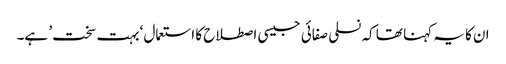
ان کا یہ کہنا تھا کہ نسلی صفائی جیسی اصطلاح کا استعمال ‘بہت سخت’ ہے۔